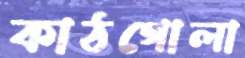
কাঠগোলা